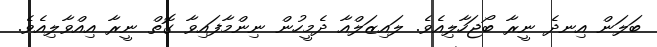
ބަލަން އިނދެ ނީރާ ބޯޖަހާލިއެވެ. ލައިޒަލްއާ ދެމީހުން ނިންމާފައިވާ ގޮތް ނީރާ އިއްވާލިއެވެ.